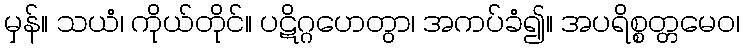
မှန်။ သယံ၊ ကိုယ်တိုင်။ ပဋိဂ္ဂဟေတွာ၊ အကပ်ခံ၍။ အပရိစ္စတ္တမေဝ၊